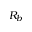
R _ { b }